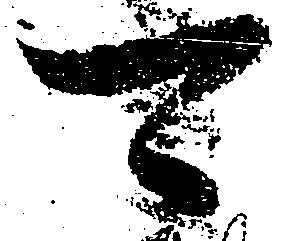
可